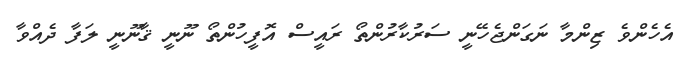
އެހެންވެ ޒިންމާ ނަގަންޖެހޭނީ ސަރުކާރުންތޯ ރައީސް އޮފީހުންތޯ ނޫނީ ޤާނޫނީ ލަފާ ދެއްވާ